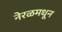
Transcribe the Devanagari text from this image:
नेरळमधून